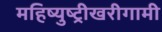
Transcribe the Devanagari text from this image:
महिष्युष्ट्रीखरीगामी